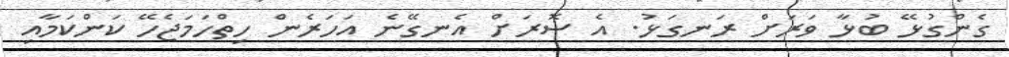
ގެންގުޅޭ ބުޅާ ވަރަށް ރަނގަޅު. އެ ސޮރަށް އެނގޭނެ އަހަރެން ހިތްހަމަޖެހޭ ކަންކަމާއި